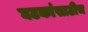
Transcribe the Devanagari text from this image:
घटकांसाठीच